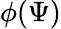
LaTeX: \phi(\Psi)